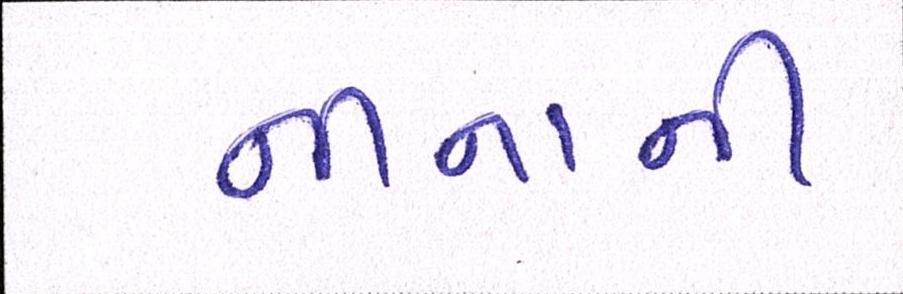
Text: નીનાની